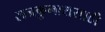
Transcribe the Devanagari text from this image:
राजकुमारासाठी